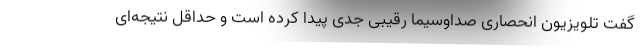
گفت تلویزیون انحصاری صداوسیما رقیبی جدی پیدا کرده است و حداقل نتیجه‌ای